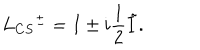
L _ { C S } { ^ { \pm } } = I \pm i { \frac { 1 } { 2 } } \tilde { I } .